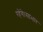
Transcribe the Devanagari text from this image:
रहेंगे।साभार